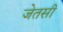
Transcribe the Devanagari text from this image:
जेतसी